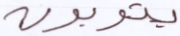
يتوبون